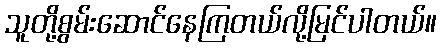
သူတို့စွမ်းဆောင်နေကြတယ်လို့မြင်ပါတယ်။